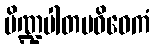
ပိဏ္ဍပါတပဝိဝေကံ